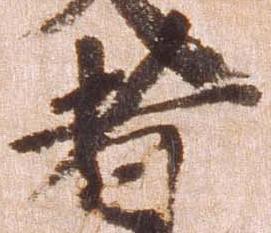
者